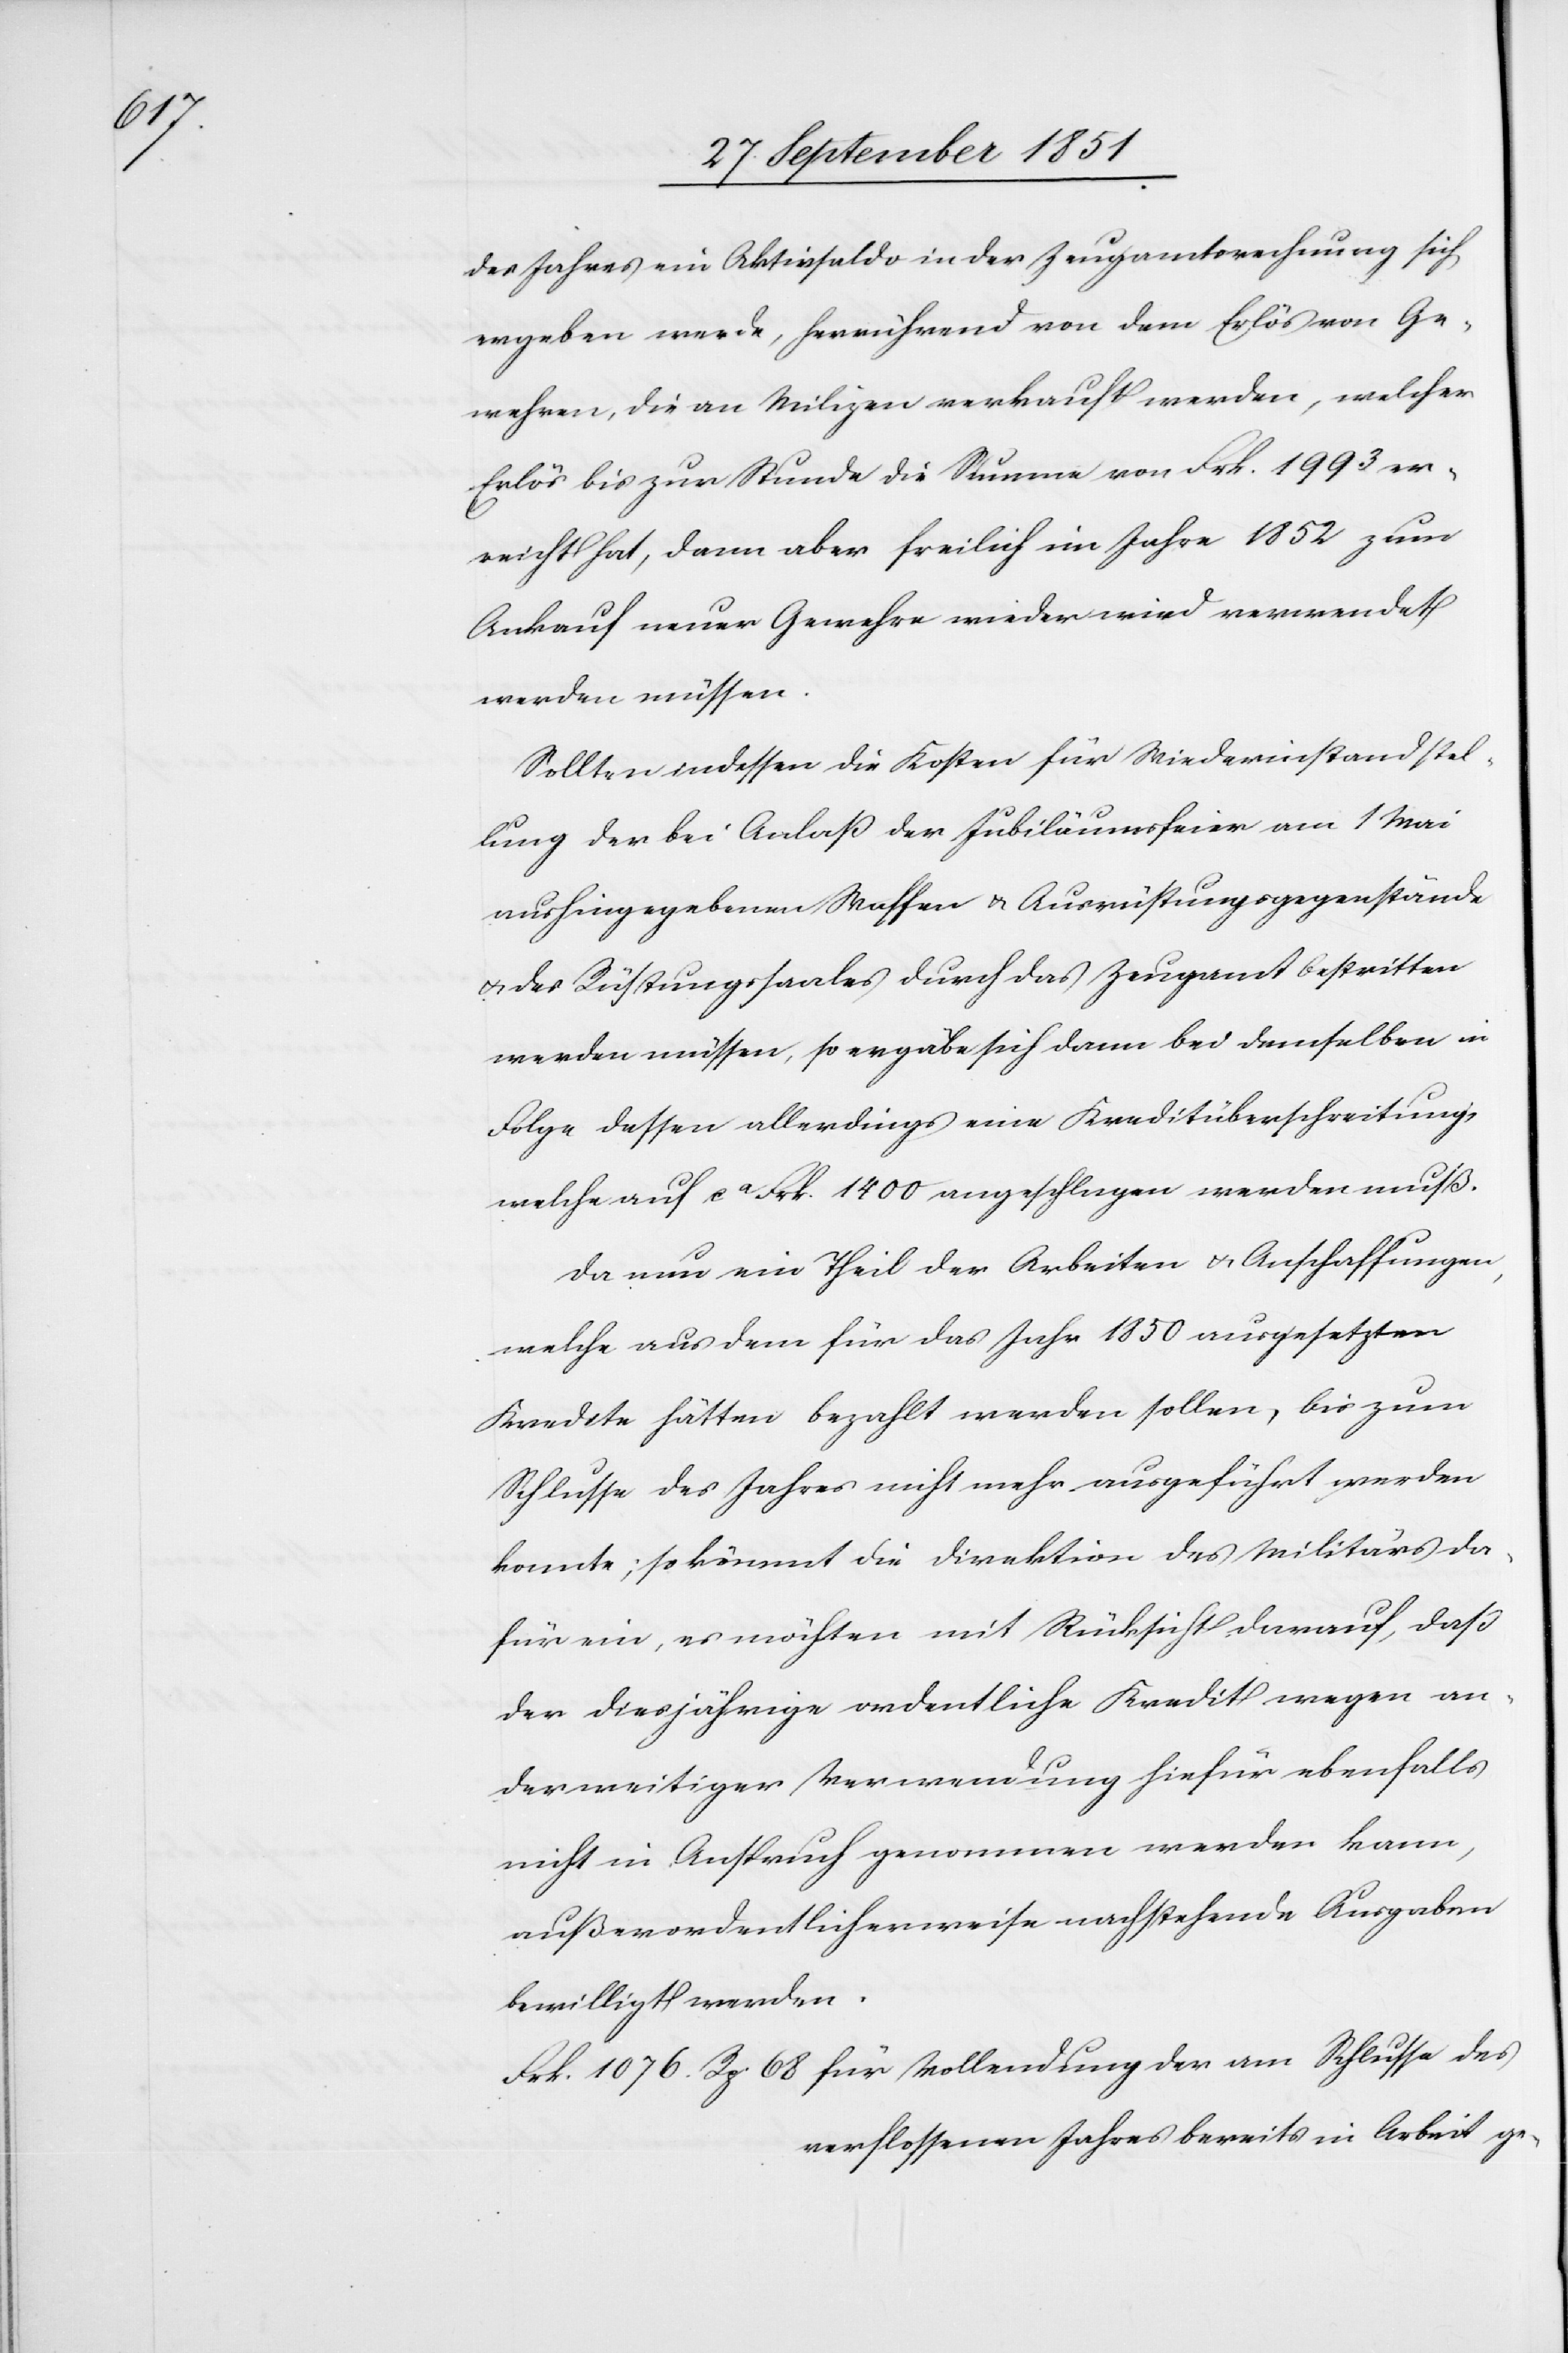
des

des Jahres ein Aktivsaldo in der Zeugamtsrechnung sich
ergeben werde, herrührend von dem Erlös von Ge¬
wehren, die an Milizen verkauft werden, welcher
Erlös bis zur Stunde die Summe von Frk. 1993 er¬
reicht hat, dann aber freilich im Jahre 1852 zum
Ankauf neuer Gewehre wieder wird verwendet
werden müssen.
Sollten indessen die Kosten für Wiederinstandstel¬
lung der bei Anlaß der Jubiläumsfeier am 1 Mai
aushingegebenen Waffen & Ausrüstungsgegenstände
& des Rüstungssaales durch das Zeugamt bestritten
werden müssen, so ergäbe sich dann bei demselben in
Folge dessen allerdings eine Kreditüberschreitung,
welche auf ca Frk. 1400 angeschlagen werden muß.
Da nun ein Theil der Arbeiten & Anschaffungen,
welche aus dem für das Jahr 1850 ausgesetzten
Kredite hätten bezahlt werden sollen, bis zum
Schlusse des Jahres nicht mehr ausgeführt werden
konnte; so kömmt die Direktion des Militärs da¬
für ein, es möchten mit Rücksicht darauf, daß
der diesjährige ordentliche Kredit wegen an¬
derweitiger Verwendung hiefür ebenfalls
nicht in Anspruch genommen werden kann,
außerordentlicherweise nachstehende Ausgaben
bewilligt werden.
verflossenen Jahres bereits in Arbeit ge-